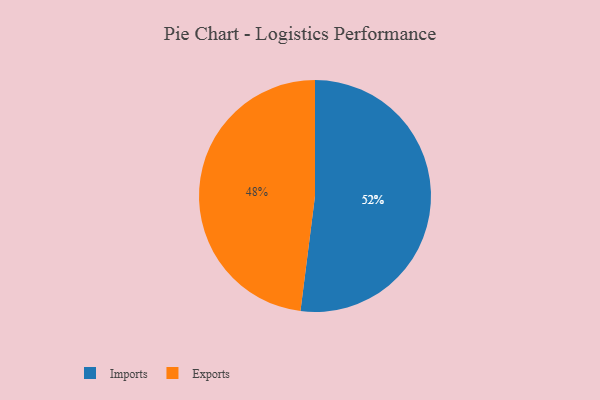
{"axis": {"x": "Category", "y": "Percentage"}, "legend": ["Exports", "Imports"], "data": [{"x": "Imports", "y": 52, "type": "Imports"}, {"x": "Exports", "y": 48, "type": "Exports"}]}